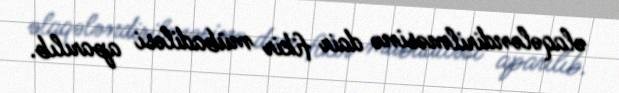
əlaqələndirilməsinə dair fikir mübadiləsi aparılıb.